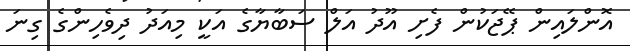
އޮންލައިން ޕޭޖަކުން ފެށި އޫދު އަލް ސަބާޔާގެ އަކީ މިއަދު ދިވެހިންގެ ގިނަ